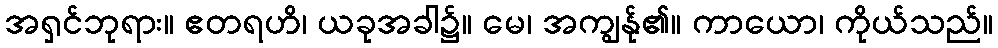
အရှင်ဘုရား။ ဧတရဟိ၊ ယခုအခါ၌။ မေ၊ အကျွန်ု၏။ ကာယော၊ ကိုယ်သည်။